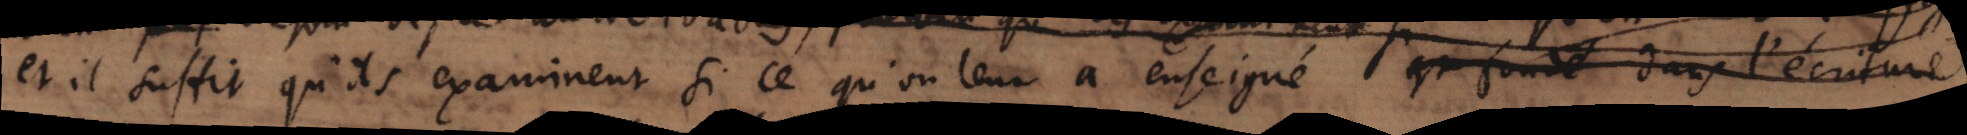
et il suffit qu’ils examinent si ce qu’on leur à enseigné est fondé dans l’écriture